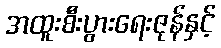
အထူးစီးပွားရေးဇုန်နှင့်